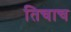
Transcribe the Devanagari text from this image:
तिचाच